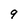
Character: 9